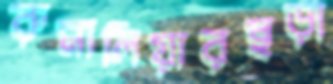
রুমালিয়ারছড়া